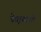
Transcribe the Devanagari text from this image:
नेतृत्वाशी